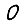
Digit: 0